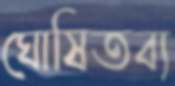
ঘোষিতব্য